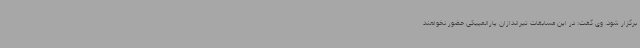
برگزار شود. وی گفت: در این مسابقات تیراندازان پارالمپیکی حضور نخواهند